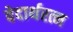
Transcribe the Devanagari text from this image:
वेदार्थरत्न